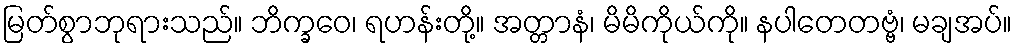
မြတ်စွာဘုရားသည်။ ဘိက္ခဝေ၊ ရဟန်းတို့။ အတ္တာနံ၊ မိမိကိုယ်ကို။ နပါတေတဗ္ဗံ၊ မချအပ်။